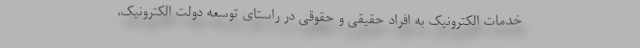
خدمات الکترونیک به افراد حقیقی و حقوقی در راستای توسعه دولت الکترونیک،